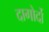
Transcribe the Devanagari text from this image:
दागोर्दो